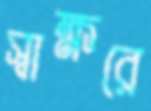
স্বাক্ষরে